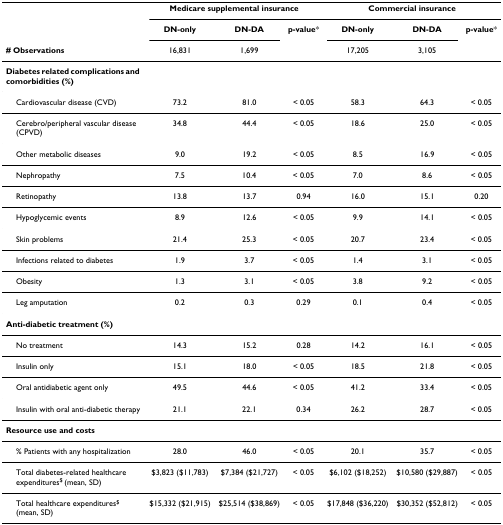
<table><thead><tr><td></td><td colspan="3"><b>Medicare supplemental insurance</b></td><td colspan="3"><b>Commercial insurance</b></td></tr><tr><td></td><td><b>DN-only</b></td><td><b>DN-DA</b></td><td><b>p-value*</b></td><td><b>DN-only</b></td><td><b>DN-DA</b></td><td><b>p-value*</b></td></tr><tr><td><b># Observations</b></td><td><b>16,831</b></td><td><b>1,699</b></td><td></td><td><b>17,205</b></td><td><b>3,105</b></td><td></td></tr></thead><tbody><tr><td><b>Diabetes related complications and comorbidities (%)</b></td><td></td><td></td><td></td><td></td><td></td><td></td></tr><tr><td> Cardiovascular disease (CVD)</td><td>73.2</td><td>81.0</td><td>&lt; 0.05</td><td>58.3</td><td>64.3</td><td>&lt; 0.05</td></tr><tr><td> Cerebro/peripheral vascular disease (CPVD)</td><td>34.8</td><td>44.4</td><td>&lt; 0.05</td><td>18.6</td><td>25.0</td><td>&lt; 0.05</td></tr><tr><td> Other metabolic diseases</td><td>9.0</td><td>19.2</td><td>&lt; 0.05</td><td>8.5</td><td>16.9</td><td>&lt; 0.05</td></tr><tr><td> Nephropathy</td><td>7.5</td><td>10.4</td><td>&lt; 0.05</td><td>7.0</td><td>8.6</td><td>&lt; 0.05</td></tr><tr><td> Retinopathy</td><td>13.8</td><td>13.7</td><td>0.94</td><td>16.0</td><td>15.1</td><td>0.20</td></tr><tr><td> Hypoglycemic events</td><td>8.9</td><td>12.6</td><td>&lt; 0.05</td><td>9.9</td><td>14.1</td><td>&lt; 0.05</td></tr><tr><td> Skin problems</td><td>21.4</td><td>25.3</td><td>&lt; 0.05</td><td>20.7</td><td>23.4</td><td>&lt; 0.05</td></tr><tr><td> Infections related to diabetes</td><td>1.9</td><td>3.7</td><td>&lt; 0.05</td><td>1.4</td><td>3.1</td><td>&lt; 0.05</td></tr><tr><td> Obesity</td><td>1.3</td><td>3.1</td><td>&lt; 0.05</td><td>3.8</td><td>9.2</td><td>&lt; 0.05</td></tr><tr><td> Leg amputation</td><td>0.2</td><td>0.3</td><td>0.29</td><td>0.1</td><td>0.4</td><td>&lt; 0.05</td></tr><tr><td><b>Anti-diabetic treatment (%)</b></td><td></td><td></td><td></td><td></td><td></td><td></td></tr><tr><td> No treatment</td><td>14.3</td><td>15.2</td><td>0.28</td><td>14.2</td><td>16.1</td><td>&lt; 0.05</td></tr><tr><td> Insulin only</td><td>15.1</td><td>18.0</td><td>&lt; 0.05</td><td>18.5</td><td>21.8</td><td>&lt; 0.05</td></tr><tr><td> Oral antidiabetic agent only</td><td>49.5</td><td>44.6</td><td>&lt; 0.05</td><td>41.2</td><td>33.4</td><td>&lt; 0.05</td></tr><tr><td> Insulin with oral anti-diabetic therapy</td><td>21.1</td><td>22.1</td><td>0.34</td><td>26.2</td><td>28.7</td><td>&lt; 0.05</td></tr><tr><td><b>Resource use and costs</b></td><td></td><td></td><td></td><td></td><td></td><td></td></tr><tr><td> % Patients with any hospitalization</td><td>28.0</td><td>46.0</td><td>&lt; 0.05</td><td>20.1</td><td>35.7</td><td>&lt; 0.05</td></tr><tr><td> Total diabetes-related healthcare expenditures<sup>$ </sup>(mean, SD)</td><td>$3,823 ($11,783)</td><td>$7,384 ($21,727)</td><td>&lt; 0.05</td><td>$6,102 ($18,252)</td><td>$10,580 ($29,887)</td><td>&lt; 0.05</td></tr><tr><td> Total healthcare expenditures<sup>$ </sup>(mean, SD)</td><td>$15,332 ($21,915)</td><td>$25,514 ($38,869)</td><td>&lt; 0.05</td><td>$17,848 ($36,220)</td><td>$30,352 ($52,812)</td><td>&lt; 0.05</td></tr></tbody></table>